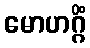
မောဟဂ္ဂိံ